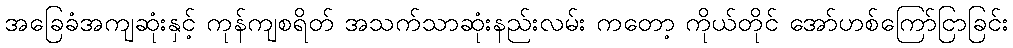
အခြေခံအကျဆုံးနှင့် ကုန်ကျစရိတ် အသက်သာဆုံးနည်းလမ်း ကတော့ ကိုယ်တိုင် အော်ဟစ်ကြော်ငြာခြင်း